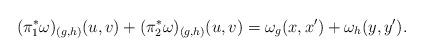
LaTeX: \begin{align*}(\pi_1^\ast\omega)_{(g,h)}(u,v)+(\pi_2^\ast\omega)_{(g,h)}(u,v)=\omega_g(x,x')+\omega_h(y,y').\end{align*}